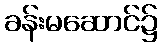
ခန်းမဆောင်၌